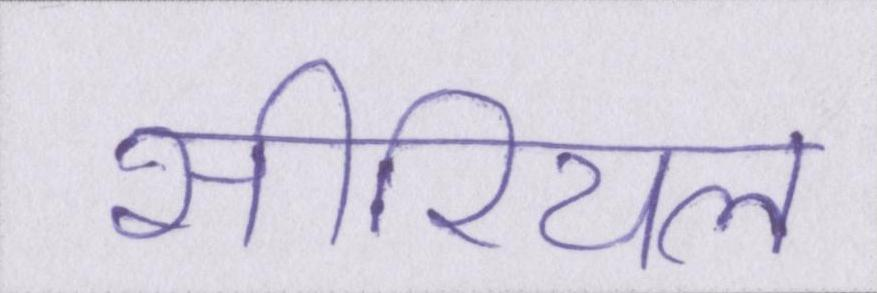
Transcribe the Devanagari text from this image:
सीरियल